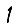
Digit: 1